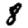
Digit: 8